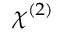
\chi ^ { ( 2 ) }